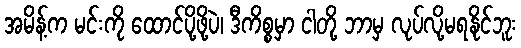
အမိန့်က မင်းကို ထောင်ပို့ဖို့ပဲ၊ ဒီကိစ္စမှာ ငါတို့ ဘာမှ လုပ်လို့မရနိုင်ဘူး